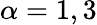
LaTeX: \alpha=1,3